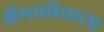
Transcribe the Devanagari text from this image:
बँगकॉकला